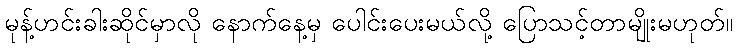
မုန့်ဟင်းခါးဆိုင်မှာလို နောက်နေ့မှ ပေါင်းပေးမယ်လို့ ပြောသင့်တာမျိုးမဟုတ်။